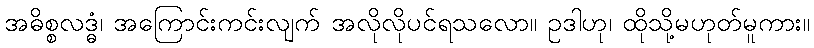
အဓိစ္စလဒ္ဓံ၊ အကြောင်းကင်းလျက် အလိုလိုပင်ရသလော။ ဥဒါဟု၊ ထိုသို့မဟုတ်မူကား။